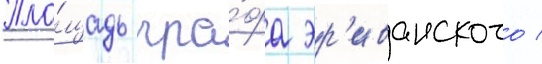
Пло́щадь гра́фа эр'иванского /